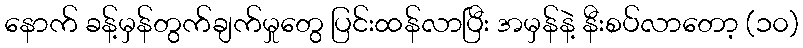
နောက် ခန့်မှန်တွက်ချက်မှုတွေ ပြင်းထန်လာပြီး အမှန်နဲ့ နီးစပ်လာတော့ (၁၀)